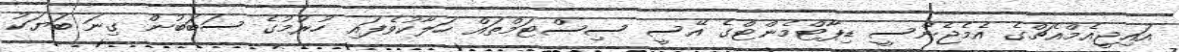
އައިޖީއެމްއެޗްގެ އެމެޖެންސީ ޑިޕާޓްމެންޓްގެ އޭސީ ސިސްޓަމްތައް ހަލާކުވެފައި ހުރުމުގެ ސަބަބުން ގިނަ ބަޔަކު